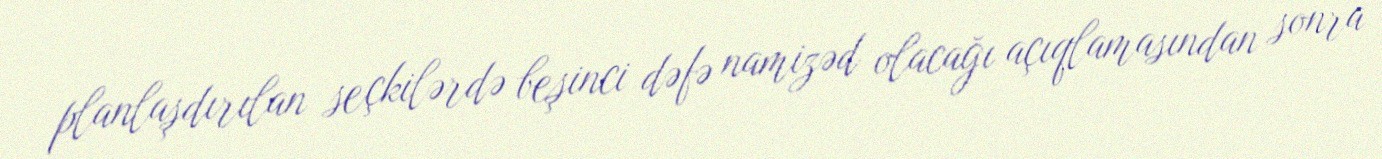
planlaşdırılan seçkilərdə beşinci dəfə namizəd olacağı açıqlamasından sonra